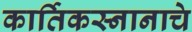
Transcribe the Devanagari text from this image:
कार्तिकस्नानाचे